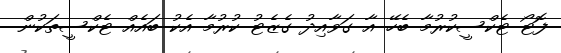
ފޮޓޯ ޓެކްސީކުރުމާ ބެހޭ އާ ގަވާއިދު ގެޒެޓު ކުރުމާ އެކު ބައެއް ޓެކްސީތަކުން